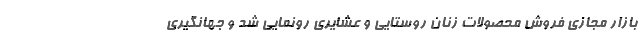
بازار مجازی فروش محصولات زنان روستایی و عشایری رونمایی شد و جهانگیری